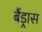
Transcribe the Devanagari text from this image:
बैंड्रास